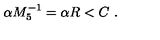
\alpha M _ { 5 } ^ { - 1 } = \alpha R < C \ .